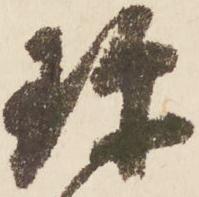
珎